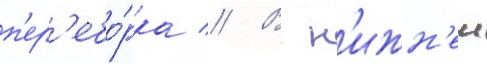
п'ер'ебо́рка // В н'ижн'еи